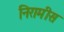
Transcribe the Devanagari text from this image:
निरामीस